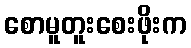
စောမူတူးစေးဖိုးက